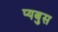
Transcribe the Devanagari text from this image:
प्यबुस